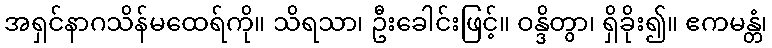
အရှင်နာဂသိန်မထေရ်ကို။ သိရသာ၊ ဦးခေါင်းဖြင့်။ ဝန္ဒိတွာ၊ ရှိခိုး၍။ ဧကမန္တံ၊